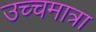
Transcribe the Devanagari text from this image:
उच्चमात्रा